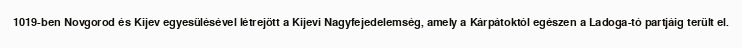
1019-ben Novgorod és Kijev egyesülésével létrejött a Kijevi Nagyfejedelemség, amely a Kárpátoktól egészen a Ladoga-tó partjáig terült el.